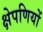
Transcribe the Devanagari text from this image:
क्षेपणियों